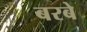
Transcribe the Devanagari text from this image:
बरबे